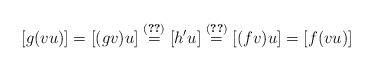
LaTeX: \begin{align*} [g(vu)] = [(gv)u] \stackrel{\eqref{eq:A}}{=} [h^{\prime}u] \stackrel{\eqref{eq:B}}{=} [(fv)u] = [f(vu)]\end{align*}